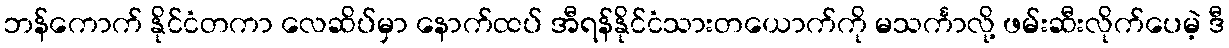
ဘန်ကောက် နိုင်ငံတကာ လေဆိပ်မှာ နောက်ထပ် အီရန်နိုင်ငံသားတယောက်ကို မသင်္ကာလို့ ဖမ်းဆီးလိုက်ပေမဲ့ ဒီ